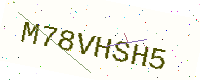
Text: M78VHSH5